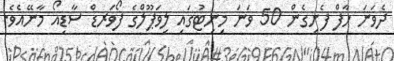
ދެވަނަ ހާފް ފެށިގެން 50 ވަނަ މިނިޓުގައި ލިވަޕޫލްގެ ފޯވަރޑް ސާޑިއޯ މާނޭއެވެ.